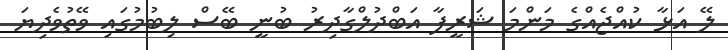
ލޭ އަޅާ ކުއްޖެއްގެ މަންމަ ޝަރީފާ އަބްދުލްގާދިރު ބުނީ ބޭސް ލިބުމުގައި ވޭތުވެދިޔަ